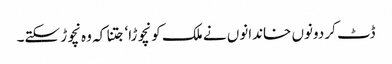
ڈٹ کر دونوں خاندانوں نے ملک کو نچوڑا‘ جتنا کہ وہ نچوڑ سکتے۔